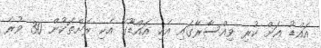
އައްޑު އަށް ކުރި ވިއްސާރާގައި އެކި އައްޑޫގެ އެކި ރަށްތަކުން 30 ވުރެ